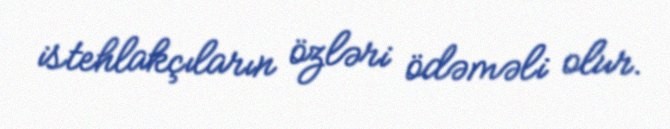
istehlakçıların özləri ödəməli olur.